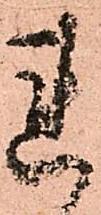
連